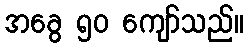
အခွေ ၅၀ ကျော်သည်။